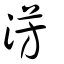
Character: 淓